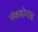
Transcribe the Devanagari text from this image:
मॅकडोनाघ